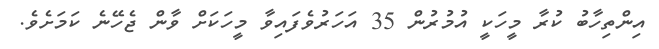
އިންތިހާބު ކުރާ މީހަކީ އުމުރުން 35 އަހަރުވެފައިވާ މީހަކަށް ވާން ޖެހޭނެ ކަަމަށެވެ.